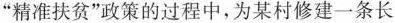
”精准扶贫”政策的过程中，为某村修建一条长